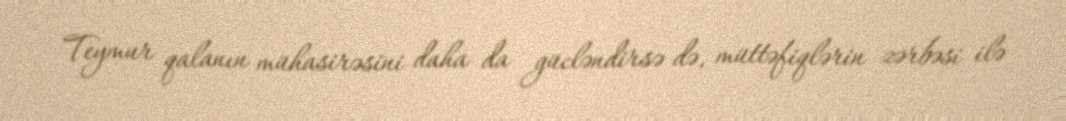
Teymur qalanın mühasirəsini daha da gücləndirsə də, müttəfiqlərin zərbəsi ilə